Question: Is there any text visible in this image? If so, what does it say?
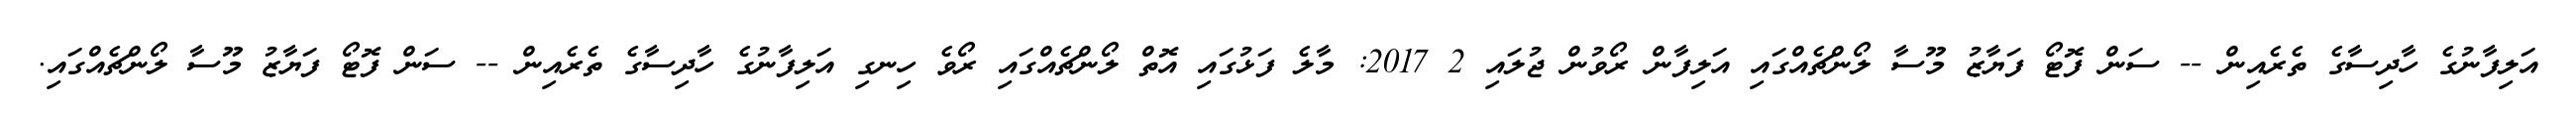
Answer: އަލިފާނުގެ ހާދިސާގެ ތެރެއިން -- ސަން ފޮޓޯ ފަޔާޒު މޫސާ ލޯންޗެއްގައި އަލިފާން ރޯވުން ޖުލައި 2 2017: މާލެ ފަޅުގައި އޮތް ލޯންޗެއްގައި ރޯވެ ހިނގި އަލިފާނުގެ ހާދިސާގެ ތެރެއިން -- ސަން ފޮޓޯ ފަޔާޒު މޫސާ ލޯންޗެއްގައި.